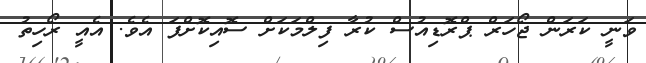
ވަނީ ކަރަން ޖޯހަރް ޕްރޮޑިއުސް ކުރާ ފިލްމަކަށް ސޮއިކޮށްފަ އެވެ. އެއީ ރޯހިތު